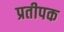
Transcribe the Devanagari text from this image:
प्रतीपक